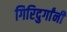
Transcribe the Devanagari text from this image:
गिरिदुर्गांनी